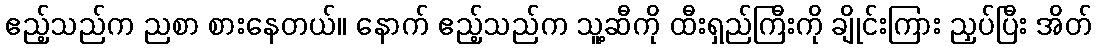
ဧည့်သည်က ညစာ စားနေတယ်။ နောက် ဧည့်သည်က သူ့ဆီကို ထီးရှည်ကြီးကို ချိုင်းကြား ညှပ်ပြီး အိတ်